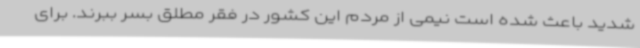
شدید باعث شده است نیمی از مردم این کشور در فقر مطلق بسر ببرند. برای